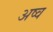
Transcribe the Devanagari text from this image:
अष्व